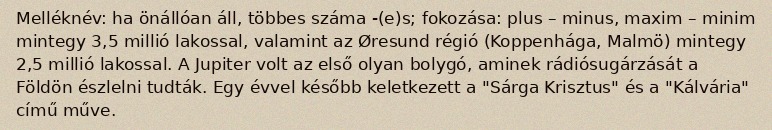
Melléknév: ha önállóan áll, többes száma -(e)s; fokozása: plus – minus, maxim – minim mintegy 3,5 millió lakossal, valamint az Øresund régió (Koppenhága, Malmö) mintegy 2,5 millió lakossal. A Jupiter volt az első olyan bolygó, aminek rádiósugárzását a Földön észlelni tudták. Egy évvel később keletkezett a "Sárga Krisztus" és a "Kálvária" című műve.